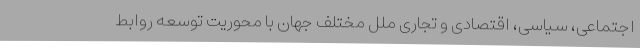
‌اجتماعی، سياسی، اقتصادی و تجاری ملل مختلف جهان با محوريت توسعه روابط